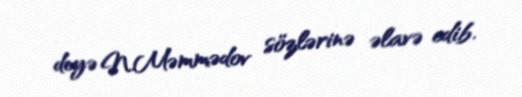
deyə N.Məmmədov sözlərinə əlavə edib.